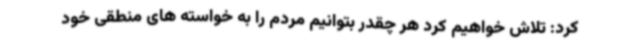
کرد: تلاش خواهیم کرد هر چقدر بتوانیم مردم را به خواسته های منطقی خود